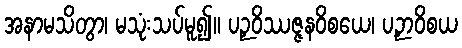
အနာမသိတွာ၊ မသုံးသပ်မူ၍။ ပဉှဝိဿဇ္ဇနဝိစယေ၊ ပဉှာဝိစယ